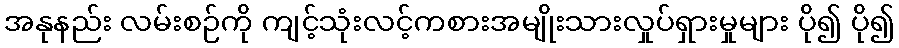
အနုနည်း လမ်းစဉ်ကို ကျင့်သုံးလင့်ကစားအမျိုးသားလှုပ်ရှားမှုများ ပို၍ ပို၍